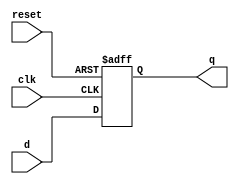
module flip_flop (
    input wire clk,      // Clock signal
    input wire reset,    // Asynchronous reset signal
    input wire d,        // Data input
    output reg q         // Data output
);

    // Store the current state of the flip-flop
    always @(posedge clk or posedge reset)
    begin
        if (reset)
            q <= 1'b0;    // Asynchronous reset
        else
            q <= d;       // Update the state based on data input
    end

endmodule